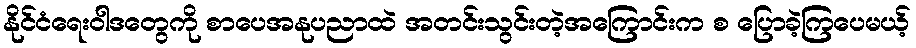
နိုင်ငံရေးဝါဒတွေကို စာပေအနုပညာထဲ အတင်းသွင်းတဲ့အကြောင်းက စ ပြောခဲ့ကြပေမယ့်